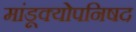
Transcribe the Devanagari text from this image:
मांडूक्योपनिषद